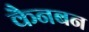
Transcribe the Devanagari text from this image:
कैनबन